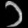
Digit: ၁